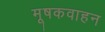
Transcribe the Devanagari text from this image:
मूषकवाहन